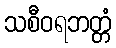
သစီဝရဘတ္တံ